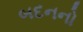
બદનનો